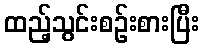
ထည့်သွင်းစဉ်းစားပြီး